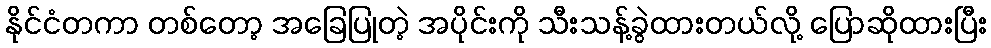
နိုင်ငံတကာ တစ်တော့ အခြေပြုတဲ့ အပိုင်းကို သီးသန့်ခွဲထားတယ်လို့ ပြောဆိုထားပြီး